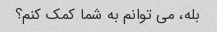
بله، می توانم به شما کمک کنم؟